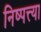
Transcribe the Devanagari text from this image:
निष्पत्त्या